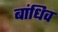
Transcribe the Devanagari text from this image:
बांधिव